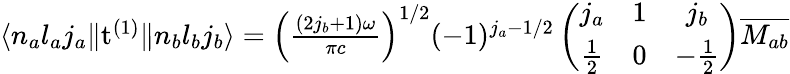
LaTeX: \begin{array}{r}{\langle n_{a}l_{a}j_{a}\| \mathrm{t}^{(1)}\| n_{b}l_{b}j_{b}\rangle=\left(\frac{(2j_{b}+1)\omega}{\pi c}\right)^{1/2}(-1)^{j_{a}-1/2}\left(\begin{array}{ccc}{j_{a}}&{1}&{j_{b}}\\ {\frac{1}{2}}&{0}&{-\frac{1}{2}}\end{array}\right)\overline{{M_{ab}}}}\end{array}